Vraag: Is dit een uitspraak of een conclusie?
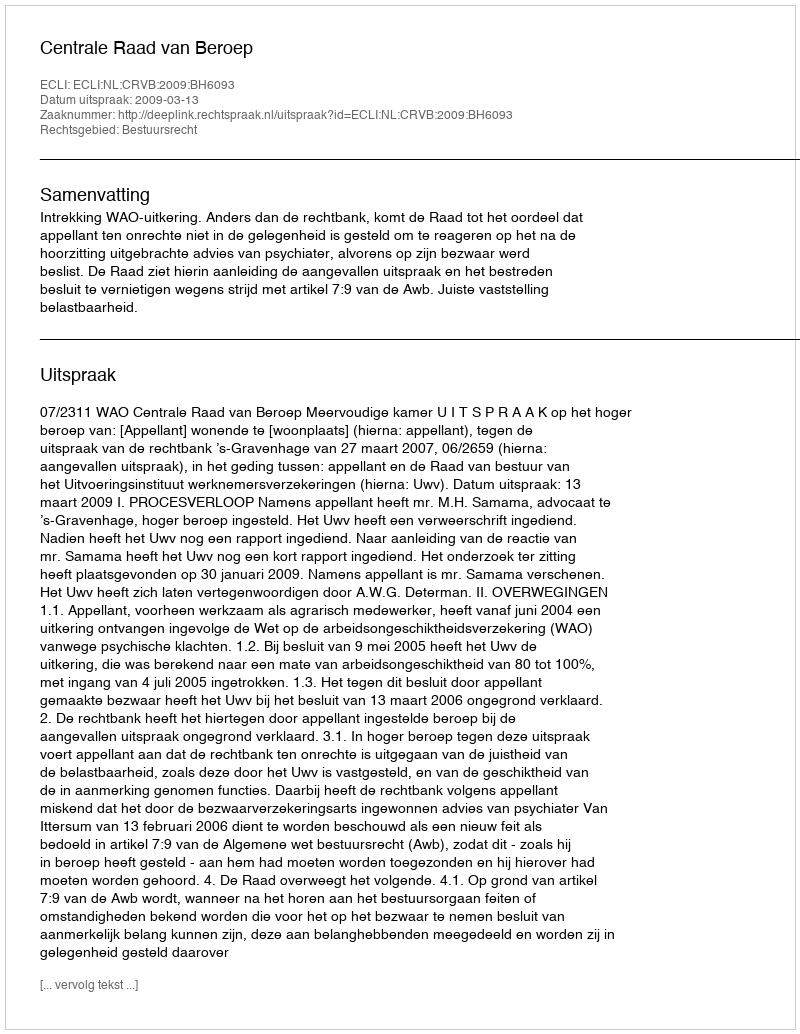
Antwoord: Uitspraak